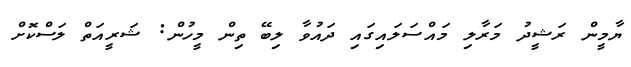
ޔާމީން ރަޝީދު މަރާލި މައްސަލައިގައި ދައުވާ ލިބޭ ތިން މީހުން: ޝަރީއަތް ލަސްކޮށް